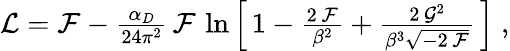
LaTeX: \begin{array}{r}{{\cal L}={\cal F}-\frac{\alpha_{D}}{24\pi^{2}}\, {\cal F}\, \ln\left[\, 1-\frac{2\, {\cal F}}{\beta^{2}}+\frac{2\, {\cal G}^{2}}{\beta^{3}\sqrt{-2\, {\cal F}}}\, \right]\; ,}\end{array}